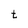
Character: t